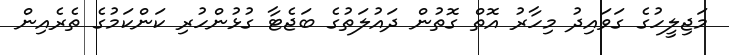
މަޖިލީހުގެ ގަވައިދު މިހާރު އޮތް ގޮތުން ދައުލަތުގެ ބަޖެޓާ ގުޅުންހުރި ކަންކަމުގެ ތެރެއިން